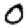
Digit: 0